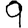
Digit: 9